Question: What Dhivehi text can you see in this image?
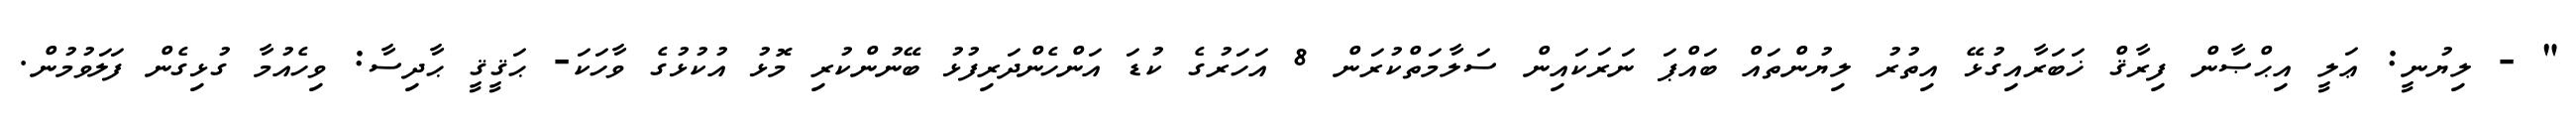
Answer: " - ލިޔުނީ: ޢަލީ އިޙްޞާން ފިރާޤް ޚަބަރާއިގުޅޭ އިތުރު ލިޔުންތައް ބައްޕަ ނަރަކައިން ސަލާމަތްކުރަން 8 އަހަރުގެ ކުޑަ އަންހެންދަރިފުޅު ބޭނުންކުރި މޮޅު އުކުޅުގެ ވާހަކަ- ޙަޤީޤީ ޙާދިސާ: ވިހެއުމާ ގުޅިގެން ފަލަވުމުން.